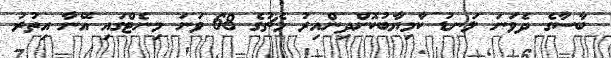
ބާސާގެ ދެވަނަ ލަނޑު ކާމިޔާބުކޮށްދިންއިރު މެޗުގެ 68 ވަނަ މިނެޓްގައި އޭނާ އިތުރު